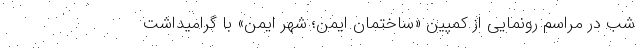
شب در مراسم رونمایی از کمپین «ساختمان ایمن؛ شهر ایمن» با گرامیداشت